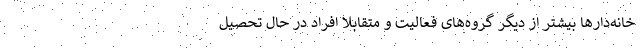
خانه‌دارها بیشتر از دیگر گروه‌های فعالیت و متقابلاً افراد در حال تحصیل